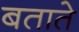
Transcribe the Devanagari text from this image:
बतातेे